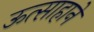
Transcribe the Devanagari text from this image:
ऊत्साहाने